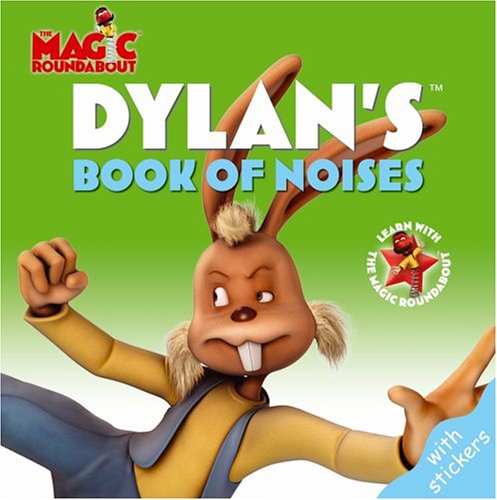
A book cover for Dylan's Book of Noises (Magic Roundabout); Children's Books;